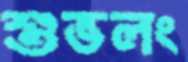
শুভলং